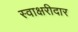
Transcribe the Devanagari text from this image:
स्वाक्षरीदार